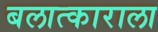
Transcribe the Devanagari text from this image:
बलात्‍काराला